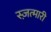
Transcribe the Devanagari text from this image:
स्ज़त्मारी